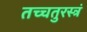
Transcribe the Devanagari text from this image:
तच्चतुरस्त्रं